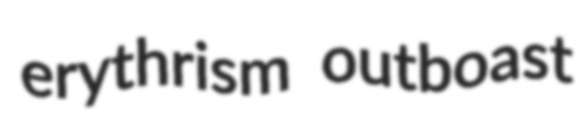
erythrism outboast